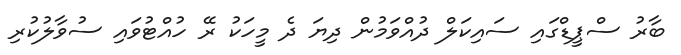
ބާރު ސްޕީޑްގައި ސައިކަލް ދުއްވަމުން ދިޔަ ދެ މީހަކު ރޭ ހުއްޓުވައި ސުވާލުކުރި